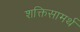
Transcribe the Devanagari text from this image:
शक्तिसामर्थ